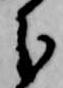
分